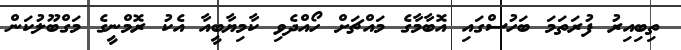
ތިބިއިރު ފުރަތަމަ ބަހުސްގައި އޮބާމާގެ މައްޗަށް ހޯއްދެވި ކާމިޔާބީއާ އެކު ރޮމްނީގެ މަގްބޫލުކަން